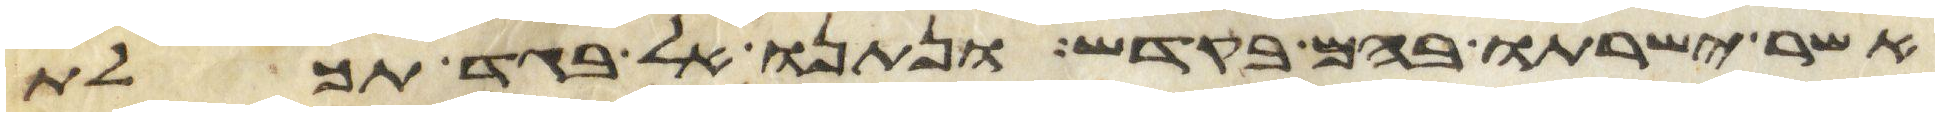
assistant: אשר ישרתו בהם בקדש ונתנו אל בגד תכלת